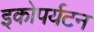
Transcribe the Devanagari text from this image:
इकोपर्यटन